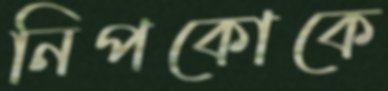
নিপকোকে